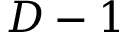
D - 1